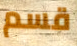
قسم